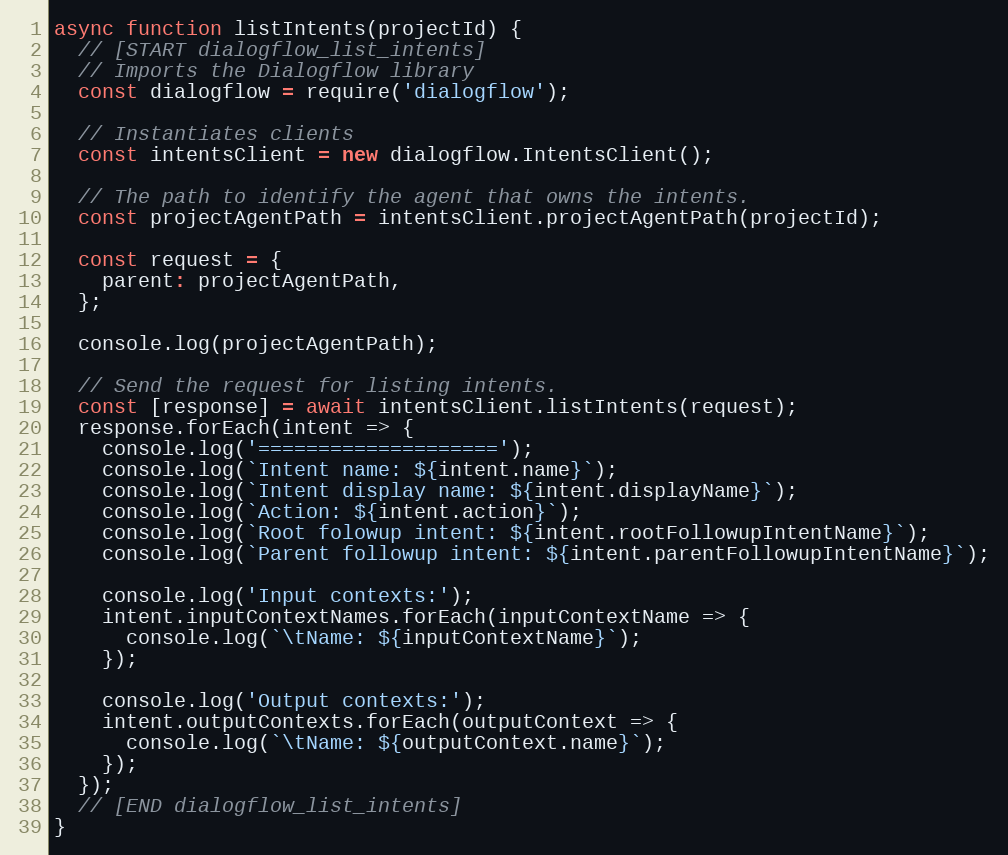
Language: JavaScript
async function listIntents(projectId) {
  // [START dialogflow_list_intents]
  // Imports the Dialogflow library
  const dialogflow = require('dialogflow');

  // Instantiates clients
  const intentsClient = new dialogflow.IntentsClient();

  // The path to identify the agent that owns the intents.
  const projectAgentPath = intentsClient.projectAgentPath(projectId);

  const request = {
    parent: projectAgentPath,
  };

  console.log(projectAgentPath);

  // Send the request for listing intents.
  const [response] = await intentsClient.listIntents(request);
  response.forEach(intent => {
    console.log('====================');
    console.log(`Intent name: ${intent.name}`);
    console.log(`Intent display name: ${intent.displayName}`);
    console.log(`Action: ${intent.action}`);
    console.log(`Root folowup intent: ${intent.rootFollowupIntentName}`);
    console.log(`Parent followup intent: ${intent.parentFollowupIntentName}`);

    console.log('Input contexts:');
    intent.inputContextNames.forEach(inputContextName => {
      console.log(`\tName: ${inputContextName}`);
    });

    console.log('Output contexts:');
    intent.outputContexts.forEach(outputContext => {
      console.log(`\tName: ${outputContext.name}`);
    });
  });
  // [END dialogflow_list_intents]
}